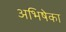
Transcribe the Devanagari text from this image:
अभिषेका